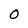
Character: O